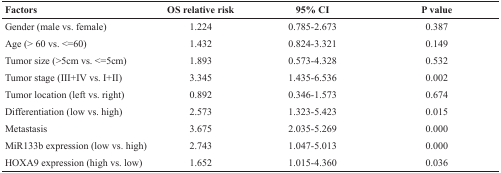
<table><thead><tr><td><b>Factors</b></td><td><b>OS relative risk</b></td><td><b>95% CI</b></td><td><b>P value</b></td></tr></thead><tbody><tr><td>Gender (male vs. female)</td><td>1.224</td><td>0.785-2.673</td><td>0.387</td></tr><tr><td>Age (&gt; 60 vs. &lt;=60)</td><td>1.432</td><td>0.824-3.321</td><td>0.149</td></tr><tr><td>Tumor size (&gt;5cm vs. &lt;=5cm)</td><td>1.893</td><td>0.573-4.328</td><td>0.532</td></tr><tr><td>Tumor stage (III+IV vs. I+II)</td><td>3.345</td><td>1.435-6.536</td><td>0.002</td></tr><tr><td>Tumor location (left vs. right)</td><td>0.892</td><td>0.346-1.573</td><td>0.674</td></tr><tr><td>Differentiation (low vs. high)</td><td>2.573</td><td>1.323-5.423</td><td>0.015</td></tr><tr><td>Metastasis</td><td>3.675</td><td>2.035-5.269</td><td>0.000</td></tr><tr><td>MiR133b expression (low vs. high)</td><td>2.743</td><td>1.047-5.013</td><td>0.000</td></tr><tr><td>HOXA9 expression (high vs. low)</td><td>1.652</td><td>1.015-4.360</td><td>0.036</td></tr></tbody></table>